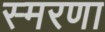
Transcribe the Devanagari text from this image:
स्मरणा